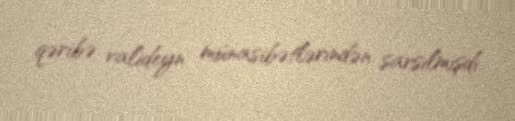
qəribə valideyn münasibətlərindən sarsılmışdı.